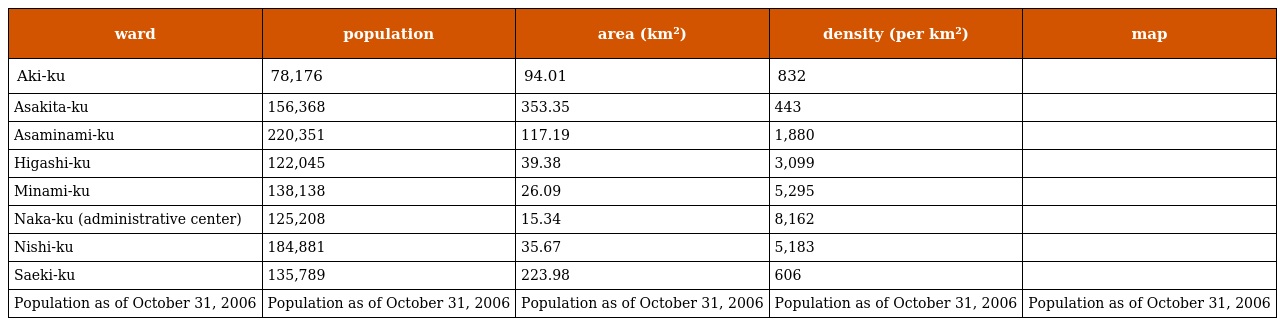
| ward | population | area (km²) | density (per km²) | map |
 | --- | --- | --- | --- | --- |
 | Aki-ku | 78,176 | 94.01 | 832 |  |
 | Asakita-ku | 156,368 | 353.35 | 443 |  |
 | Asaminami-ku | 220,351 | 117.19 | 1,880 |  |
 | Higashi-ku | 122,045 | 39.38 | 3,099 |  |
 | Minami-ku | 138,138 | 26.09 | 5,295 |  |
 | Naka-ku (administrative center) | 125,208 | 15.34 | 8,162 |  |
 | Nishi-ku | 184,881 | 35.67 | 5,183 |  |
 | Saeki-ku | 135,789 | 223.98 | 606 |  |
 | Population as of October 31, 2006 | Population as of October 31, 2006 | Population as of October 31, 2006 | Population as of October 31, 2006 | Population as of October 31, 2006 |